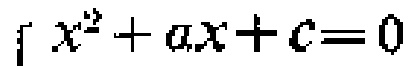
\(x^{2}+ax + c = 0\)